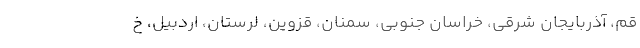
قم، آذربایجان شرقی، خراسان جنوبی، سمنان، قزوین، لرستان، اردبیل، خ